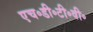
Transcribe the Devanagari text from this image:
एच॰डी॰टी॰वी॰